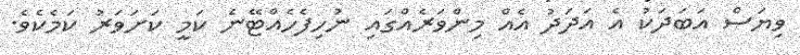
ވިޔަސް އަބަދަކު އެ އަދަދު އެއް މިންވަރެއްގައި ނުހިފެހެއްޓޭނެ ކަމީ ކަށަވަރު ކަމެކެވެ.